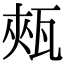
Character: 㼪